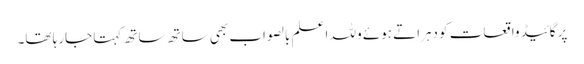
پر گائیڈ واقعات کو دہراتے ہوئے وللہ ا علم بالصواب بھی ساتھ ساتھ کہتا جارہا تھا۔